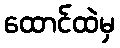
ထောင်ထဲမှ